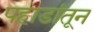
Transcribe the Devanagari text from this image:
पहाडांतून